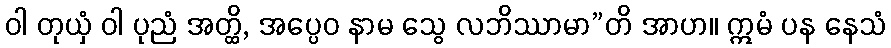
ဝါ တုယှံ ဝါ ပုညံ အတ္ထိ, အပ္ပေဝ နာမ သွေ လဘိဿာမာ”တိ အာဟ။ ဣမံ ပန နေသံ